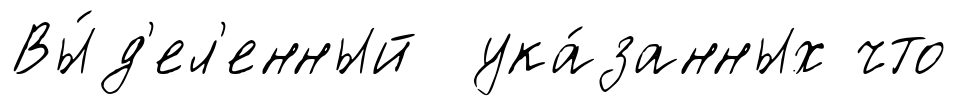
Вы́д'ел'енный ука́занных что